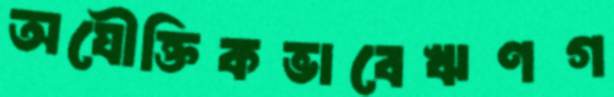
অযৌক্তিকভাবেঋণগ